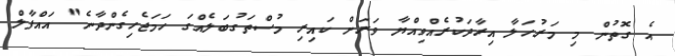
އެ ގޮތުން މި މަރުހަލާ އިރާދަކުރެއްވިއްޔާ ވަރަށް ކައިރި މުސްތަގުބަލެއްގަ ހަމަޖެހިގެންދާނެ" އައްފާލް